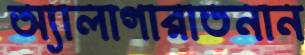
অ্যালাগারাতনান